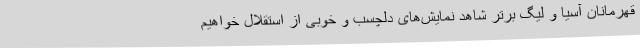
قهرمانان آسیا و لیگ برتر شاهد نمایش‌های دلچسب و خوبی از استقلال خواهیم